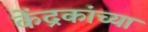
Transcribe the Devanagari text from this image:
केंद्रकांच्या